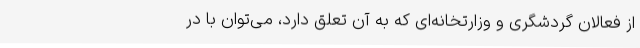
از فعالان گردشگری و وزارتخانه‌ای که به آن تعلق دارد، می‌توان با در